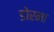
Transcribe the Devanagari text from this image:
डोरमा